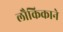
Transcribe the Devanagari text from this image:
लौकिकाने